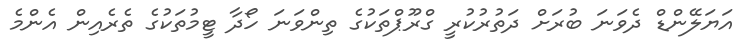
އަޔަލޭންޑް ދެވަނަ ބުރަށް ދަތުރުކުރީ ގްރޫޕްތަކުގެ ތިންވަނަ ހޯދާ ޓީމުތަކުގެ ތެރެއިން އެންމެ